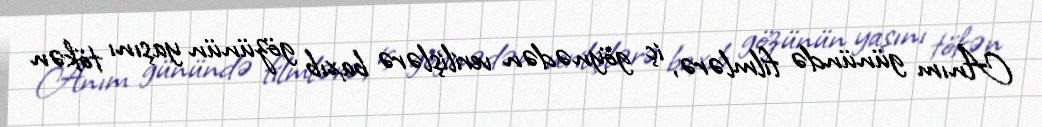
Anım günündə filmlərə, iç göynədən verilişlərə baxıb gözünün yaşını tökən